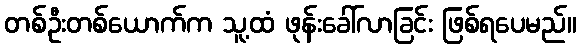
တစ်ဦးတစ်ယောက်က သူ့ထံ ဖုန်းခေါ်လာခြင်း ဖြစ်ရပေမည်။